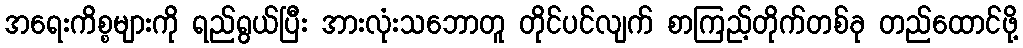
အရေးကိစ္စများကို ရည်ရွယ်ပြီး အားလုံးသဘောတူ တိုင်ပင်လျက် စာကြည့်တိုက်တစ်ခု တည်ထောင်ဖို့